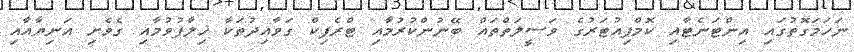
ނަހަމަގޮތުގައި އިންޓަނެޓާއި ކޮމްޕިއުޓަރުގެ ވަސީލަތްތައް ބޭނުންކުރުމާއި ޓްރެފިކް ގަވާއިދުތަކާ ޚިލާފުވުމާއި ގެވެށި އަނިޔާއާއި